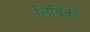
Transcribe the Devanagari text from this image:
लिबिकी